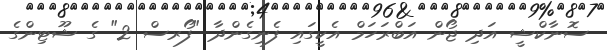
ސޮނާކްޝީ އަދި ޖޯން އަބްރަހަމް އެކީގައި ފެނިގެންދާ "ފޯރސް 2" ގެ ޝޫޓިންގެ